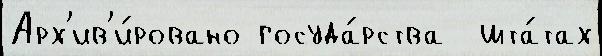
Арх'ив'и́ровано госуда́рства  шта́тах